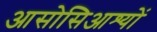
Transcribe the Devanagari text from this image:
आसोसिआश्यों